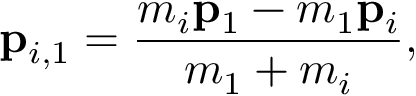
\mathbf { p } _ { i , 1 } = \frac { m _ { i } \mathbf { p } _ { 1 } - m _ { 1 } \mathbf { p } _ { i } } { m _ { 1 } + m _ { i } } ,